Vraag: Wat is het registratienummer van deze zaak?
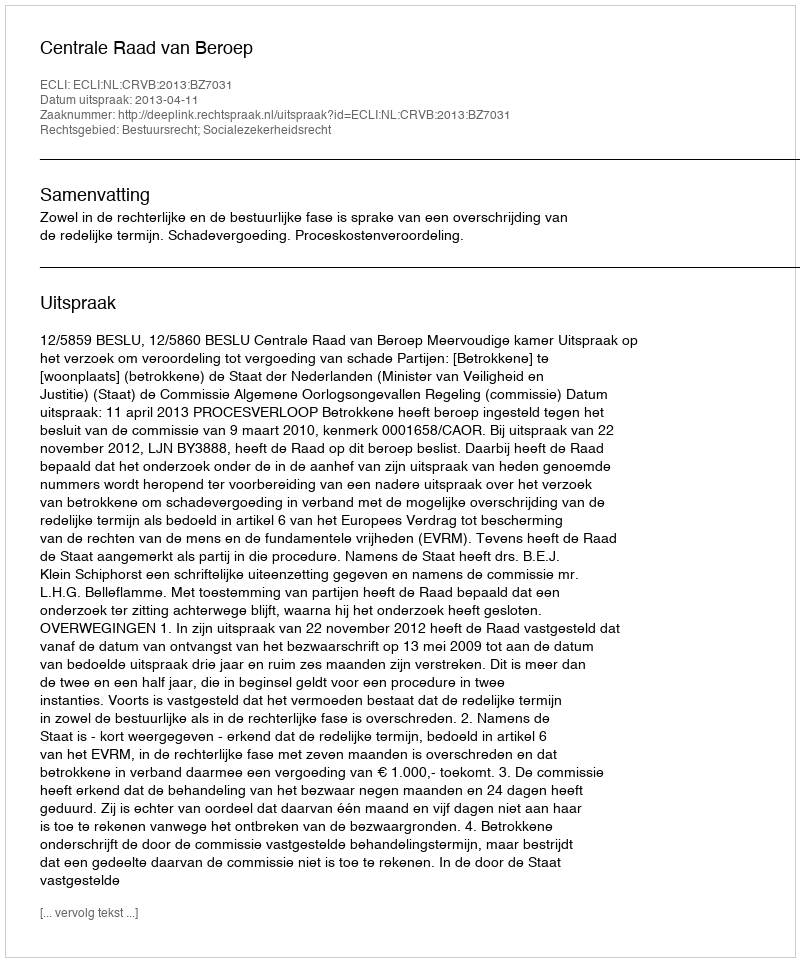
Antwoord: http://deeplink.rechtspraak.nl/uitspraak?id=ECLI:NL:CRVB:2013:BZ7031